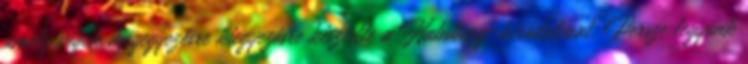
amely végük megegyezésre kiegyezésre késztette a Habsburg-birodalmat. Persze legyünk